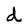
Character: d